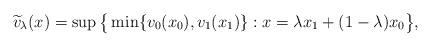
\begin{align*} \widetilde v_\lambda(x)=\sup\big\{\min\{v_0(x_0),v_1(x_1)\}:x=\lambda x_1+(1-\lambda)x_0\big\},\end{align*}